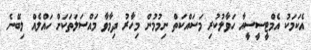
އެކަމަކު އެމްޓީސީސީއާ ހަވާލުކުރި މަަސައްކަތް ނިމުމުން މިހާރު ދިމާވާ މައްސަލަތަކަށް ހައްލެއް ލިބޭނެ